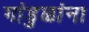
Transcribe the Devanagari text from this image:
गांडुळांना